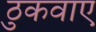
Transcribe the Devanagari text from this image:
ठुकवाए